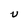
Character: U